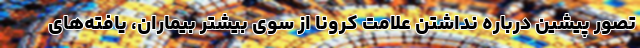
تصور پیشین درباره نداشتن علامت کرونا از سوی بیشتر بیماران، یافته‌های